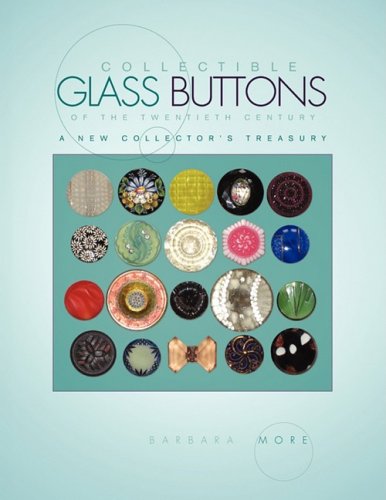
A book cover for Collectible Glass Buttons of the Twentieth Century; Barbara More; Crafts, Hobbies & Home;